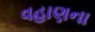
વહાણના